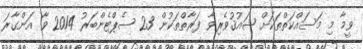
ވީމާ މި މަސައްކަތްތަކަށް ޝައުޤުވެރިވާ ފަރާތްތަކުން 23 ސެޕްޓެންބަރު 2014 ވާ އަންގާރަ